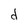
Character: d